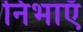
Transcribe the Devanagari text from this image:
निभाएँ